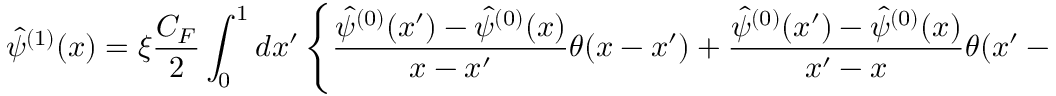
\hat { \psi } ^ { ( 1 ) } ( x ) = \xi { \frac { C _ { F } } { 2 } } \int _ { 0 } ^ { 1 } d x ^ { \prime } \left\{ { \frac { \hat { \psi } ^ { ( 0 ) } ( x ^ { \prime } ) - \hat { \psi } ^ { ( 0 ) } ( x ) } { x - x ^ { \prime } } } \theta ( x - x ^ { \prime } ) + { \frac { \hat { \psi } ^ { { ( 0 ) } } ( x ^ { \prime } ) - \hat { \psi } ^ { ( 0 ) } ( x ) } { x ^ { \prime } - x } } \theta ( x ^ { \prime } - x ) \right\} ,